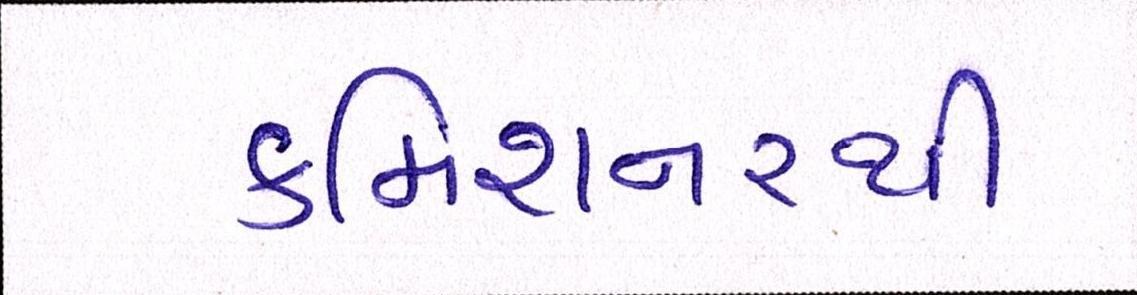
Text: કમિશનરથી